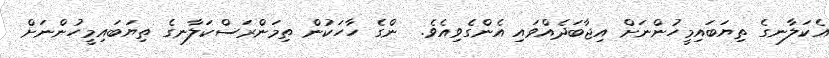
އެކަލާނގެ ތިޔަބައިމީހުންނަށް އިޖާބަދެއްވައި އެންގެވިއެވެ.  ންގެ ހާހަކުން ތިމަންރަސްކަލާނގެ ތިޔަބައިމީހުންނަށް